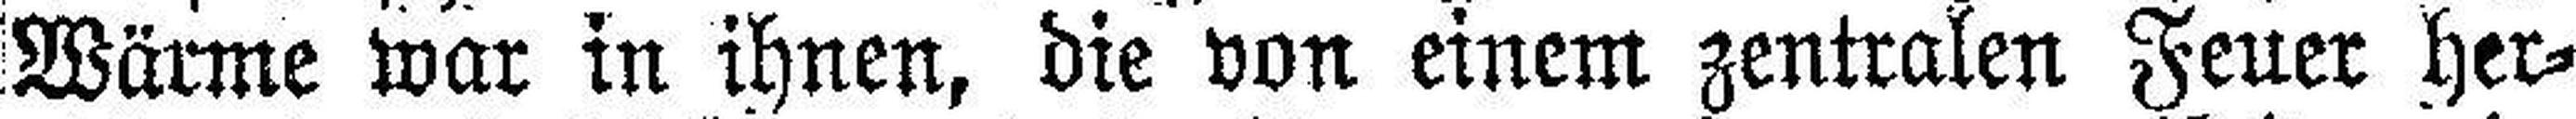
Wärme war in ihnen, die von einem zentralen Feuer her¬